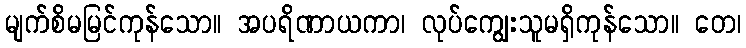
မျက်စိမမြင်ကုန်သော။ အပရိဏာယကာ၊ လုပ်ကျွေးသူမရှိကုန်သော။ တေ၊